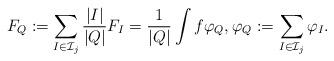
LaTeX: \begin{align*}F_Q:= \sum_{I \in \mathcal I_j} \frac{|I|}{|Q|} F_I = \frac{1}{|Q|} \int f \varphi_Q, \varphi_Q:=\sum_{I \in \mathcal I_j} \varphi_I.\end{align*}